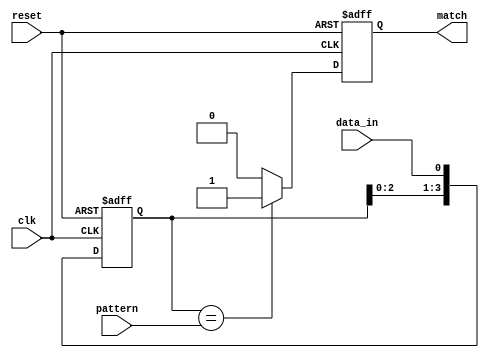
module pattern_detector(
    input wire clk,                  // Clock signal
    input wire reset,                // Asynchronous reset signal
    input wire data_in,              // Incoming data bit
    input wire [3:0] pattern,        // Predefined pattern to detect (4 bits)
    output reg match                 // Output signal indicating match
);

    reg [3:0] shift_reg;             // Shift register to hold the last 4 data bits

    // Asynchronous reset and data capture process
    always @(posedge clk or posedge reset) begin
        if (reset) begin
            shift_reg <= 4'b0000;     // Reset shift register
            match <= 1'b0;            // Clear match signal
        end else begin
            shift_reg <= {shift_reg[2:0], data_in}; // Shift in new data bit

            // Check for match after shifting in a complete pattern
            if (shift_reg == pattern) begin
                match <= 1'b1;        // Set match signal if pattern is detected
            end else begin
                match <= 1'b0;        // Clear match signal otherwise
            end
        end
    end
endmodule